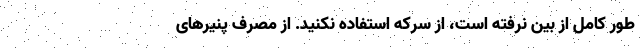
طور کامل از بین نرفته است، از سرکه استفاده نکنید. از مصرف پنیرهای